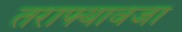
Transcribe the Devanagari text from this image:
तराफ्यावजा